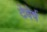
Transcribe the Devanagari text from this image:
देवेर्ष